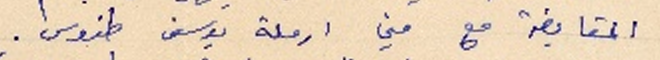
المقايضة مع مني ارملة يوسف طنوس.